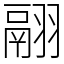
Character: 翮